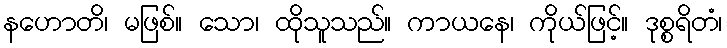
နဟောတိ၊ မဖြစ်။ သော၊ ထိုသူသည်။ ကာယနေ၊ ကိုယ်ဖြင့်။ ဒုစ္စရိတံ၊